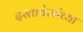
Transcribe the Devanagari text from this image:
दस्तावेजांच्या